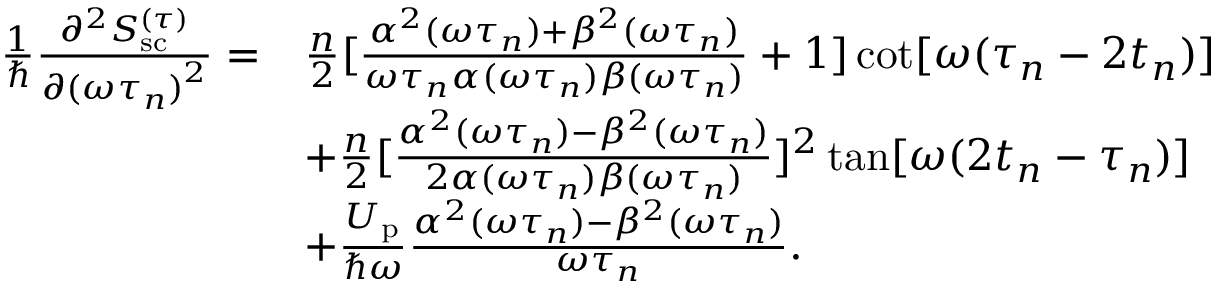
\begin{array} { r l } { \frac { 1 } { \hbar } \frac { \partial ^ { 2 } S _ { \mathrm { s c } } ^ { ( \tau ) } } { \partial { ( \omega \tau _ { n } ) } ^ { 2 } } = } & { \frac { n } { 2 } [ \frac { \alpha ^ { 2 } ( \omega \tau _ { n } ) + \beta ^ { 2 } ( \omega \tau _ { n } ) } { \omega \tau _ { n } \alpha ( \omega \tau _ { n } ) \beta ( \omega \tau _ { n } ) } + 1 ] \cot [ \omega ( \tau _ { n } - 2 t _ { n } ) ] } \\ & { + \frac { n } { 2 } [ \frac { \alpha ^ { 2 } ( \omega \tau _ { n } ) - \beta ^ { 2 } ( \omega \tau _ { n } ) } { 2 \alpha ( \omega \tau _ { n } ) \beta ( \omega \tau _ { n } ) } ] ^ { 2 } \tan [ \omega ( 2 t _ { n } - \tau _ { n } ) ] } \\ & { + \frac { U _ { \mathrm { p } } } { \hbar \omega } \frac { \alpha ^ { 2 } ( \omega \tau _ { n } ) - \beta ^ { 2 } ( \omega \tau _ { n } ) } { \omega \tau _ { n } } . } \end{array}